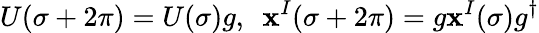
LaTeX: U(\sigma+2\pi)=U(\sigma)g,\ \ \mathbf{x}^{I}(\sigma+2\pi)=g\mathbf{x}^{I}(\sigma)g^{\dagger}